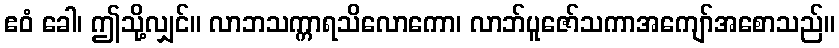
ဧဝံ ခေါ၊ ဤသို့လျှင်။ လာဘသက္ကာရသိလောကော၊ လာဘ်ပူဇော်သကာအကျော်အစောသည်။